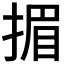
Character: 𢰲